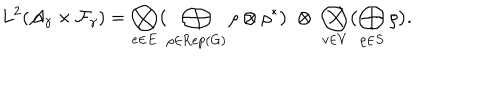
L ^ { 2 } ( { \cal A } _ { \gamma } \times { \cal F } _ { \gamma } ) = \bigotimes _ { e \in E } \bigl ( \bigoplus _ { \rho \in \mathrm { R e p } ( G ) } \rho \otimes \rho ^ { * } \bigr ) \; \otimes \; \bigotimes _ { v \in V } \bigl ( \bigoplus _ { \rho \in S } \rho \bigr ) .